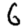
Digit: 6